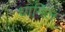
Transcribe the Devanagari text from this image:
धार्मिल